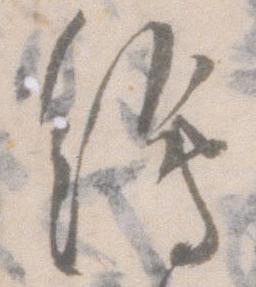
絵